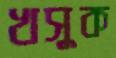
খসুক